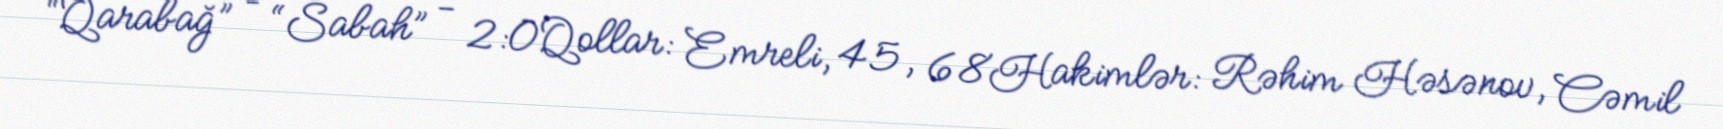
“Qarabağ” – “Sabah” - 2:0Qollar: Emreli, 45, 68Hakimlər: Rəhim Həsənov, Cəmil